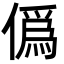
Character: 僞